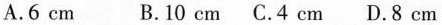
A.6cm B.10cm C.4cm D.8cm